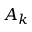
A _ { k }